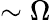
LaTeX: \sim\Omega